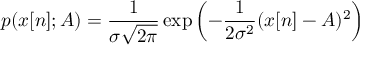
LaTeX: p ( x [ n ] ; A ) = { \frac { 1 } { \sigma { \sqrt { 2 \pi } } } } \exp \left( - { \frac { 1 } { 2 \sigma ^ { 2 } } } ( x [ n ] - A ) ^ { 2 } \right)